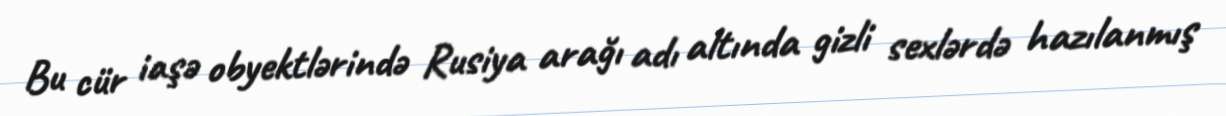
Bu cür iaşə obyektlərində Rusiya arağı adı altında gizli sexlərdə hazılanmış